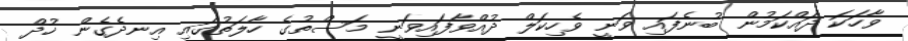
ވާހަކަ ދައްކަމުން ބުނެފައި ވަނީ ވެހިކަލް ދުއްވާފައިވަނީ މަސްތުގެ ހާލަތުގައި އިނދެގެން ޚުދް